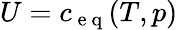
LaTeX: U=c_{\mathrm{~e~q~}}(T,p)